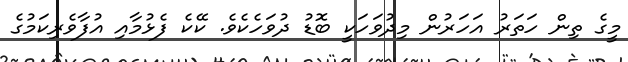
މީގެ ތިން ހަތަރު އަހަރުން މިދުވަހަކީ ބޮޑު ދުވަހެކެވެ. ކޭކެ ފެޅުމާއި އުފާވެރިކަމުގެ